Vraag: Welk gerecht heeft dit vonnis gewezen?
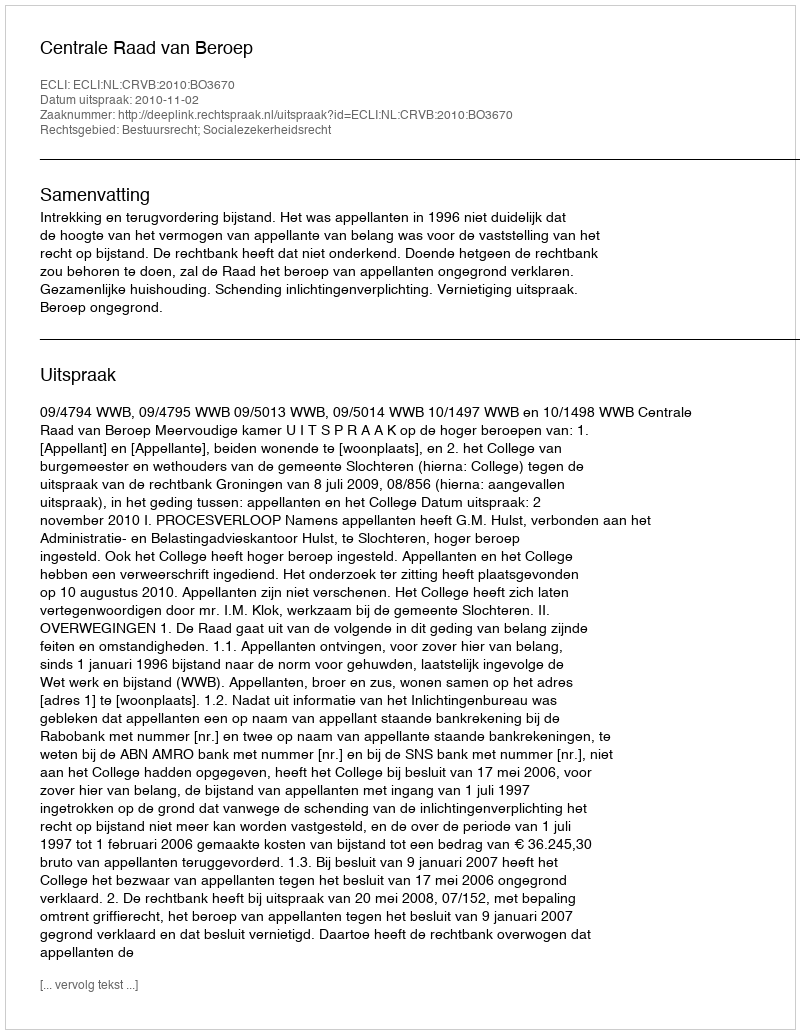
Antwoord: Centrale Raad van Beroep